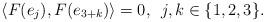
LaTeX: \begin{align*}\langle F(e_j), F(e_{3+k})\rangle = 0, \enskip j,k \in \{1,2,3\}.\end{align*}